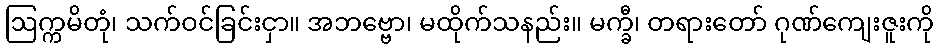
ဩက္ကမိတုံ၊ သက်ဝင်ခြင်းငှာ။ အဘဗ္ဗော၊ မထိုက်သနည်း။ မက္ခီ၊ တရားတော် ဂုဏ်ကျေးဇူးကို